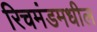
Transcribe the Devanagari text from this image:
रिचमंडमधील